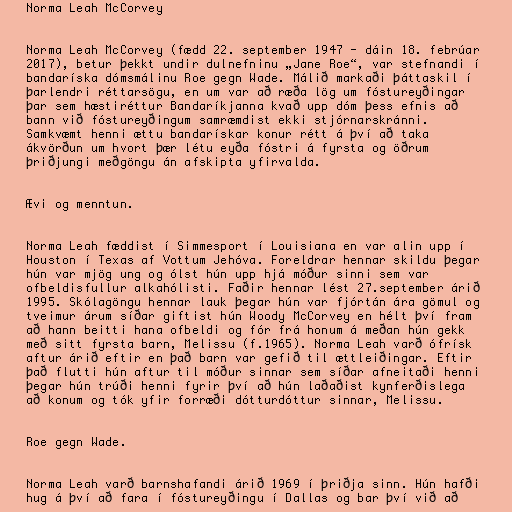
Norma Leah McCorvey

Norma Leah McCorvey (fædd 22. september 1947 - dáin 18. febrúar
2017), betur þekkt undir dulnefninu „Jane Roe“, var stefnandi í
bandaríska dómsmálinu Roe gegn Wade. Málið markaði þáttaskil í
þarlendri réttarsögu, en um var að ræða lög um fóstureyðingar
þar sem hæstiréttur Bandaríkjanna kvað upp dóm þess efnis að
bann við fóstureyðingum samræmdist ekki stjórnarskránni.
Samkvæmt henni ættu bandarískar konur rétt á því að taka
ákvörðun um hvort þær létu eyða fóstri á fyrsta og öðrum
þriðjungi meðgöngu án afskipta yfirvalda.

Ævi og menntun.

Norma Leah fæddist í Simmesport í Louisiana en var alin upp í
Houston í Texas af Vottum Jehóva. Foreldrar hennar skildu þegar
hún var mjög ung og ólst hún upp hjá móður sinni sem var
ofbeldisfullur alkahólisti. Faðir hennar lést 27.september árið
1995. Skólagöngu hennar lauk þegar hún var fjórtán ára gömul og
tveimur árum síðar giftist hún Woody McCorvey en hélt því fram
að hann beitti hana ofbeldi og fór frá honum á meðan hún gekk
með sitt fyrsta barn, Melissu (f.1965). Norma Leah varð ófrísk
aftur árið eftir en það barn var gefið til ættleiðingar. Eftir
það flutti hún aftur til móður sinnar sem síðar afneitaði henni
þegar hún trúði henni fyrir því að hún laðaðist kynferðislega
að konum og tók yfir forræði dótturdóttur sinnar, Melissu.

Roe gegn Wade.

Norma Leah varð barnshafandi árið 1969 í þriðja sinn. Hún hafði
hug á því að fara í fóstureyðingu í Dallas og bar því við að